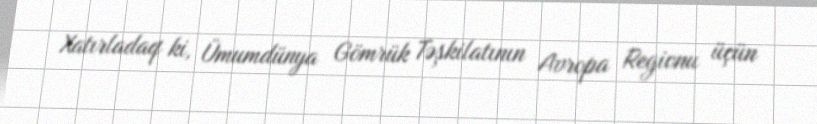
Xatırladaq ki, Ümumdünya Gömrük Təşkilatının Avropa Regionu üçün